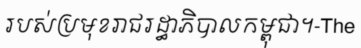
របស់ប្រមុខរាជរដ្ធាភិបាលកម្ពុជា។-The